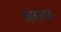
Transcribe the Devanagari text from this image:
जवाफ